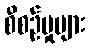
စီစဉ်မှုများ